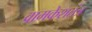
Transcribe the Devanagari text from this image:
वामकेशतंत्र